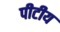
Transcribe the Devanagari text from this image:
पीटीय